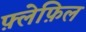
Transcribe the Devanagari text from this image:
फ़्लेफ़िल